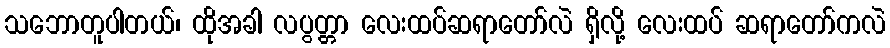
သဘောတူပါတယ်၊ ထိုအခါ လပွတ္တာ လေးထပ်ဆရာတော်လဲ ရှိလို့ လေးထပ် ဆရာတော်ကလဲ